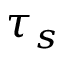
\tau _ { s }